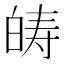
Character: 𤽯